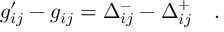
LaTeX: g _ { i j } ^ { \prime } - g _ { i j } = \Delta _ { i j } ^ { - } - \Delta _ { i j } ^ { + } \quad .